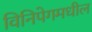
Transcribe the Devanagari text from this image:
विनिपेगमधील